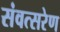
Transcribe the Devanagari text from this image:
संवत्सरेण